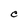
Character: C